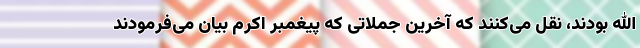
الله بودند، نقل می‌کنند که آخرین جملاتی که پیغمبر اکرم بیان می‌فرمودند